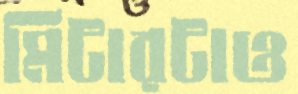
মিটারটাও